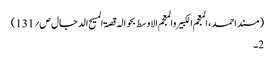
(مسند احمد ، المعجم الکبیر والمعجم الاوسط بحوالہ قصۃ المسیح الدجال ص؍131)
2۔